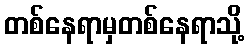
တစ်နေရာမှတစ်နေရာသို့